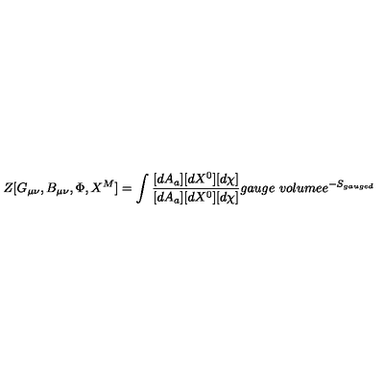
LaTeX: Z [ G _ { \mu \nu } , B _ { \mu \nu } , \Phi , X ^ { M } ] = \int \frac { [ d A _ { a } ] [ d X ^ { 0 } ] [ d \chi ] } { [ d A _ { a } ] [ d X ^ { 0 } ] [ d \chi ] } { g a u g e \ v o l u m e } e ^ { - S _ { g a u g e d } }